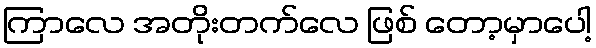
ကြာလေ အတိုးတက်လေ ဖြစ် တော့မှာပေါ့